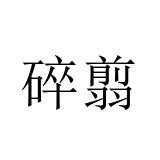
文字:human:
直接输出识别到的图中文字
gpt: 碎翦